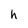
Character: h